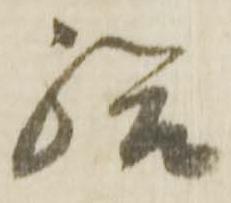
給